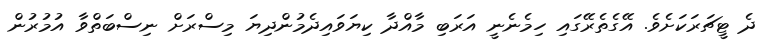
ދެ ޓީޗަރަކަށެވެ. އޭގެތެރޭގައި ހިމެނެނީ އަރަބި މާއްދާ ކިޔަވައިދެމުންދިޔަ މިސްރަށް ނިސްބަތްވާ އުމުރުން